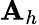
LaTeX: \mathbf{A}_{h}